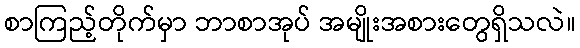
စာကြည့်တိုက်မှာ ဘာစာအုပ် အမျိုးအစားတွေရှိသလဲ။